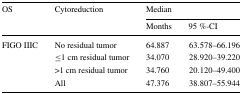
<table><thead><tr><td rowspan="2"><b>OS</b></td><td rowspan="2"><b>Cytoreduction</b></td><td colspan="2"><b>Median</b></td></tr><tr><td><b>Months</b></td><td><b>95 %-CI</b></td></tr></thead><tbody><tr><td rowspan="4">FIGO IIIC</td><td>No residual tumor</td><td>64.887</td><td>63.578–66.196</td></tr><tr><td>≤1 cm residual tumor</td><td>34.070</td><td>28.920–39.220</td></tr><tr><td>&gt;1 cm residual tumor</td><td>34.760</td><td>20.120–49.400</td></tr><tr><td>All</td><td>47.376</td><td>38.807–55.944</td></tr></tbody></table>